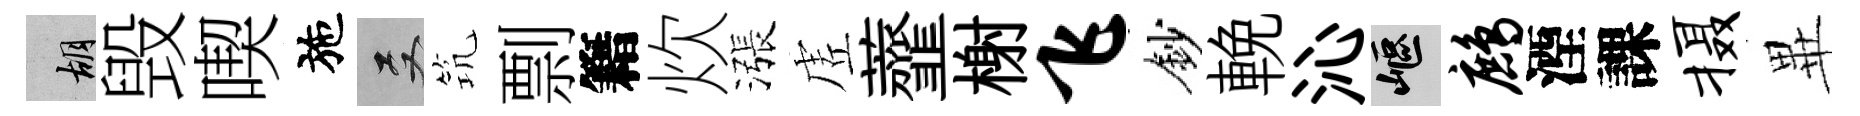
胡毁喫施双𥬑剽籍炊漲虗虀榭飞鈔輓沁嶇鹧湮課摄𭺾